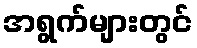
အရွက်များတွင်